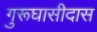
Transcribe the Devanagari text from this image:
गुरूघासीदास